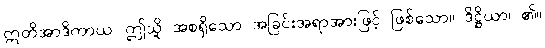
ဣတိအာဒိကာယ၊ ဤသို့ အစရှိသော အခြင်းအရာအားဖြင့် ဖြစ်သော။ ဒိဋ္ဌိယာ၊ ၏။